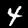
Digit: 4